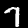
Digit: 7